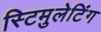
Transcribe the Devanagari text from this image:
स्टिमुलेटिंग